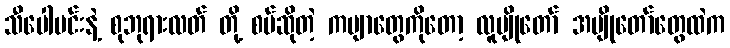
သီပေါမင်းနဲ့ စုဘုရားလတ် တို့ စပ်ဆိုတဲ့ ကဗျာတွေကိုတော့ လူပျိုတော် အပျိုတော်တွေထဲက